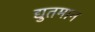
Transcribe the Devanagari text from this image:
द्युतमान